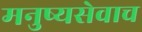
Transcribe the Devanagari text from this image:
मनुष्यसेवाच